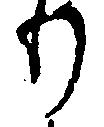
り